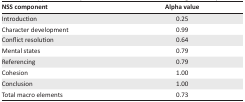
<table><thead><tr><td><b>NSS component</b></td><td><b>Alpha value</b></td></tr></thead><tbody><tr><td>Introduction</td><td>0.25</td></tr><tr><td>Character development</td><td>0.99</td></tr><tr><td>Conflict resolution</td><td>0.64</td></tr><tr><td>Mental states</td><td>0.79</td></tr><tr><td>Referencing</td><td>0.79</td></tr><tr><td>Cohesion</td><td>1.00</td></tr><tr><td>Conclusion</td><td>1.00</td></tr><tr><td>Total macro elements</td><td>0.73</td></tr></tbody></table>